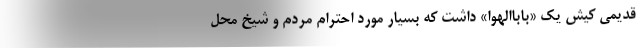
قدیمی کیش یک «باباالهوا» داشت که بسیار مورد احترام مردم و شیخ محل